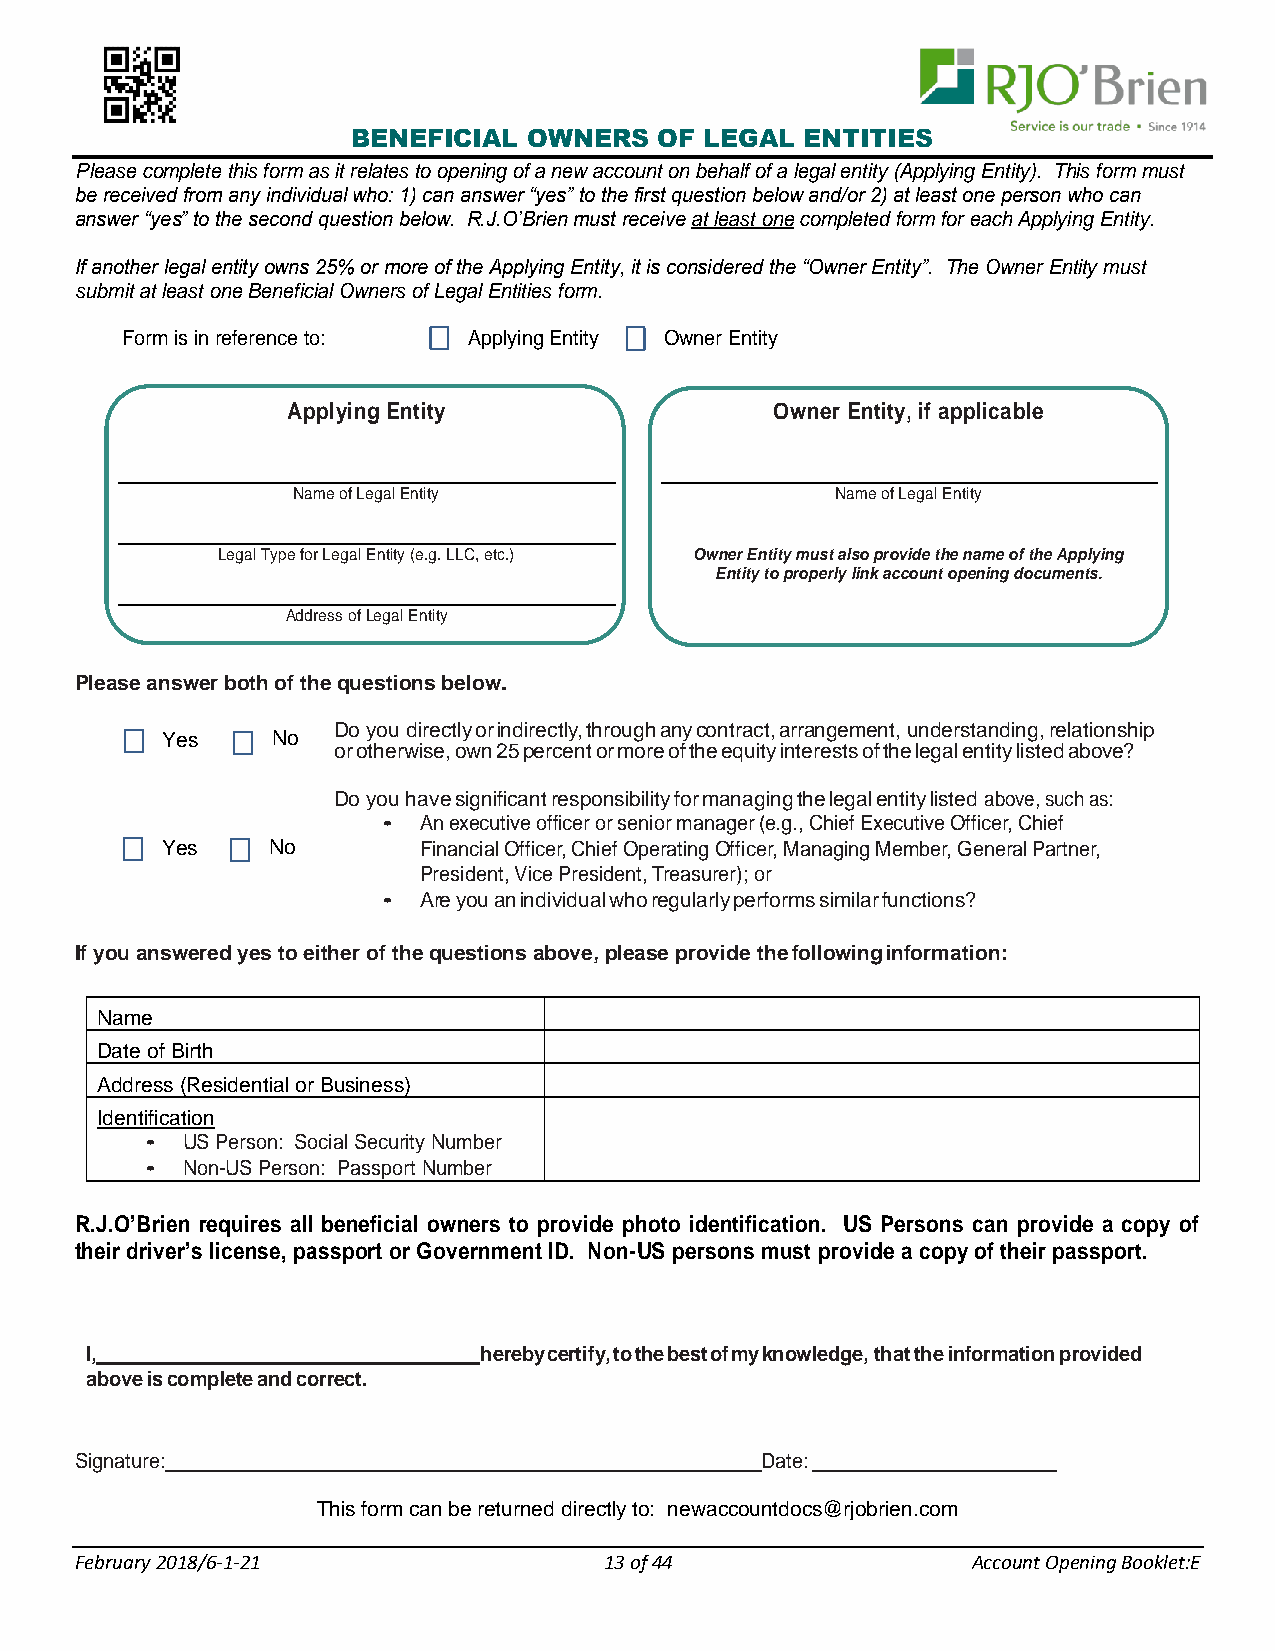
BENEFICIAL  OWNERS   OF LEGAL ENTITIES
 Please complete this form as it relates to opening of a new account on behalf of a legal entity (Applying Entity). This form must
 be received from any individual who: 1) can answer “yes” to the first question below and/or 2) at least one person who can
 answer “yes” to the second question below. R.J.O’Brien must receive at least one completed form for each Applying Entity.
 If another legal entity owns 25% or more of the Applying Entity, it is considered the “Owner Entity”. The Owner Entity must
 submit at least one Beneficial Owners of Legal Entities form.
 Form is in reference to: Applying Entity Owner Entity
 Applying Entity                 Owner Entity, if applicable
 Name of Legal Entity                Name of Legal Entity
 Legal Type for Legal Entity (e.g. LLC, etc.) Owner Entity must also provide the name of the Applying
 Entity to properly link account opening documents.
 Address of Legal Entity
 Please answer both of the questions below.
 Do you directly or indirectly, through any contract, arrangement, understanding, relationship
 Yes    No
 or otherwise, own 25 percent or more of the equity interests of the legal entity listed above?
 Do you have significant responsibility for managing the legal entity listed above, such as:
 •  An executive officer or senior manager (e.g., Chief Executive Officer, Chief
 Yes    No        Financial Officer, Chief Operating Officer, Managing Member, General Partner,
 President, Vice President, Treasurer); or
 •  Are you an individual who regularly performs similar functions?
 If you answered yes to either of the questions above, please provide the following information:
 Name
 Date of Birth
 Address (Residential or Business)
 Identification
 • US Person: Social Security Number
 • Non-US Person: Passport Number
 R.J.O’Brien requires all beneficial owners to provide photo identification. US Persons can provide a copy of
 their driver’s license, passport or Government ID. Non-US persons must provide a copy of their passport.
 I,                        hereby certify, to the best of my knowledge, that the information provided
 above is complete and correct.
 Signature:                                   Date:
 This form can be returned directly to: newaccountdocs@rjobrien.com
 F ebruary 2018/6-1-21              13 of 44                Account Opening Booklet:E